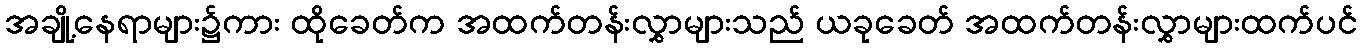
အချို့နေရာများ၌ကား ထိုခေတ်က အထက်တန်းလွှာများသည် ယခုခေတ် အထက်တန်းလွှာများထက်ပင်